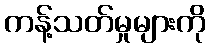
ကန့်သတ်မှုများကို